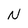
Character: N